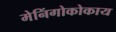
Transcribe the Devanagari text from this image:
मेनिंगोकोकाय